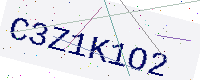
Text: C3Z1K1O2